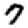
Digit: 7